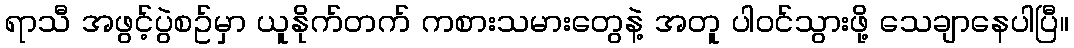
ရာသီ အဖွင့်ပွဲစဥ်မှာ ယူနိုက်တက် ကစားသမားတွေနဲ့ အတူ ပါဝင်သွားဖို့ သေချာနေပါပြီ။